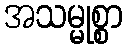
အသမ္မုစ္စာ